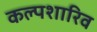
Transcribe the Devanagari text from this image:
कल्पशारिव